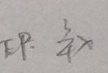
E P : \frac { 3 } { 4 } x